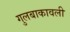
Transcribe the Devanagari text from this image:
गुलबाकावली